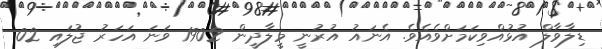
ޑިލާވާލް އުޅުއްވިކަމަށްވެއެވެ. އެނައު އުރުނީ މީލާދީން 1902 ވަނަ އަހަރު ޖުލައި 02